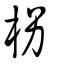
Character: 枴